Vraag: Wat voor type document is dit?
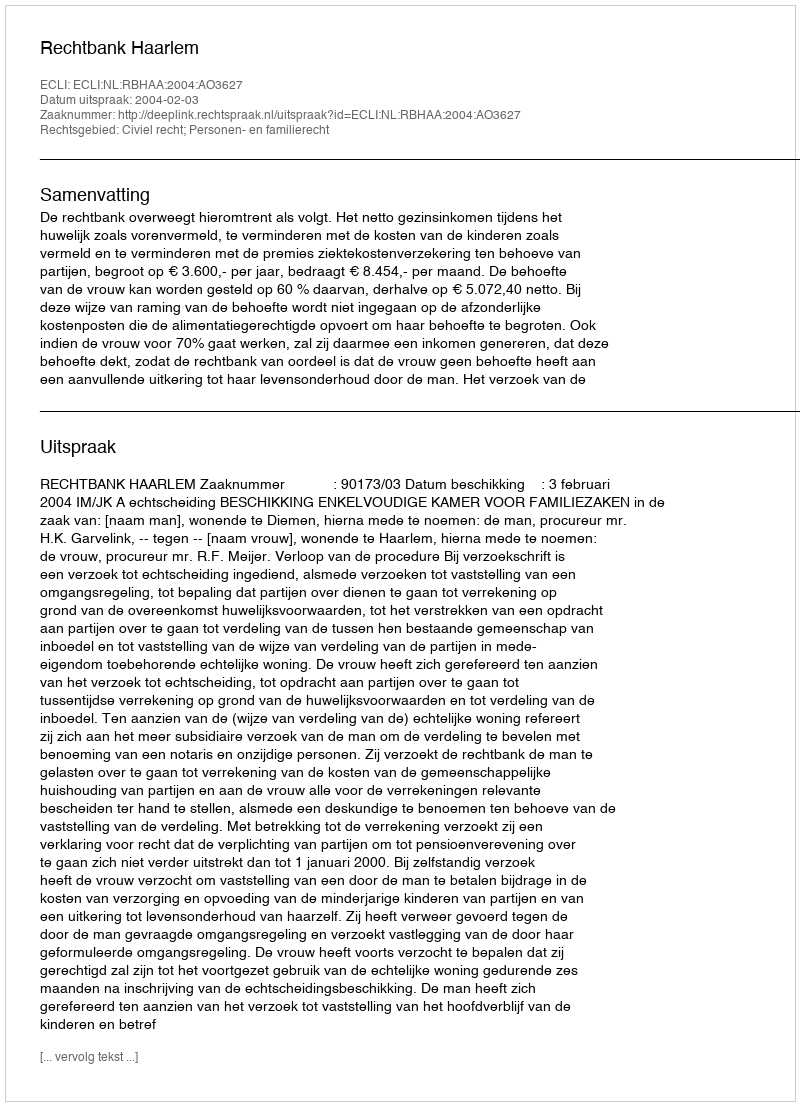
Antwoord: Uitspraak